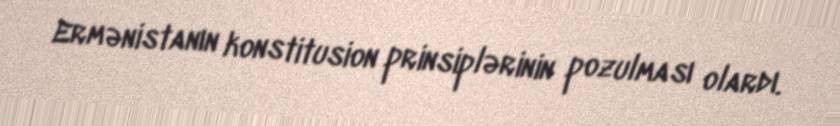
Ermənistanın konstitusion prinsiplərinin pozulması olardı.